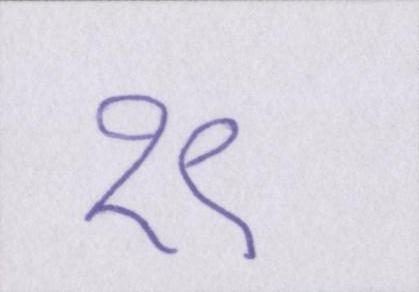
१९